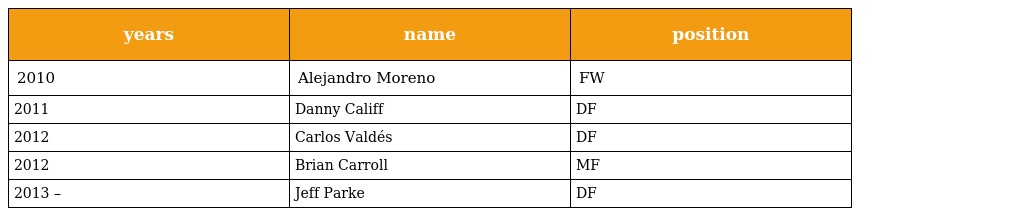
| years | name | position |
 | --- | --- | --- |
 | 2010 | Alejandro Moreno | FW |
 | 2011 | Danny Califf | DF |
 | 2012 | Carlos Valdés | DF |
 | 2012 | Brian Carroll | MF |
 | 2013 – | Jeff Parke | DF |